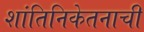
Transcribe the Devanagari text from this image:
शांतिनिकेतनाची